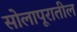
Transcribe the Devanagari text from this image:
सोलापूरातील